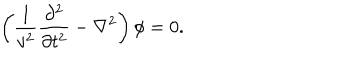
\left( \frac { 1 } { v ^ { 2 } } \frac { \partial ^ { 2 } } { \partial t ^ { 2 } } - \nabla ^ { 2 } \right) \phi = 0 .